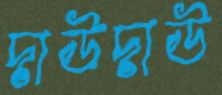
দাউদাউ